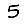
Digit: 5